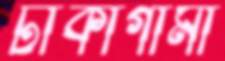
ঢাকাগামী